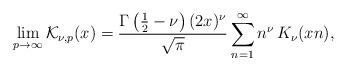
LaTeX: \begin{align*}\lim_{p\rightarrow\infty}\mathcal{K}_{\nu,p}(x)=\frac{\Gamma\left(\frac{1}{2}-\nu\right)(2x)^{\nu}}{\sqrt{\pi}}\sum_{n=1}^{\infty}n^{\nu}\,K_{\nu}(xn),\end{align*}